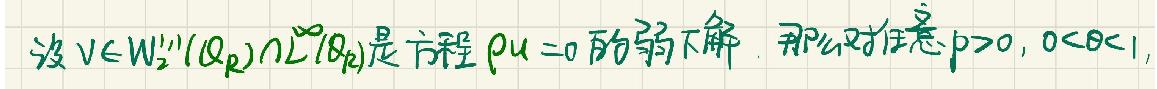
设 \(v\in W_2^{1,1}(Q_R)\cap L^{\infty}(Q_R)\) 是方程 \(\rho u = 0\) 的弱下解. 那么对任意 \(p > 0,0<\theta<1\),